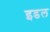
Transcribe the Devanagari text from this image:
इडल